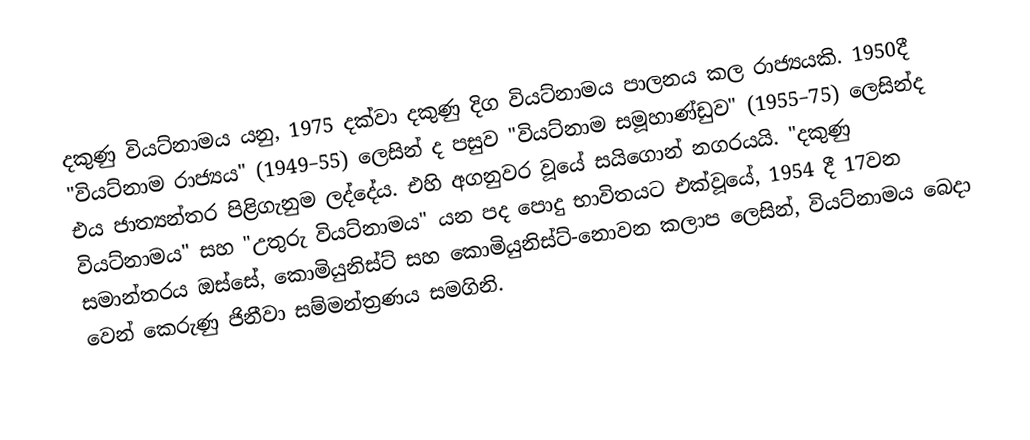
දකුණු වියට්නාමය යනු, 1975 දක්වා දකුණු දිග වියට්නාමය පාලනය කල රාජ්‍යයකි. 1950දී   "වියට්නාම රාජ්‍යය" (1949–55) ලෙසින් ද පසුව  "වියට්නාම සමූහාණ්ඩුව" (1955–75) ලෙසින්ද එය ජාත්‍යන්තර පිළිගැනුම ලද්දේය. එහි අගනුවර වූයේ සයිගොන් නගරයයි. "දකුණු වියට්නාමය" සහ "උතුරු වියට්නාමය" යන පද පොදු භාවිතයට එක්වූයේ,  1954 දී 17වන  සමාන්තරය ඔස්සේ,  කොමියුනිස්ට් සහ කොමියුනිස්ට්-නොවන කලාප ලෙසින්, වියට්නාමය  බෙදා වෙන් කෙරුණු  ජිනීවා සම්මන්ත්‍රණය සමගිනි.